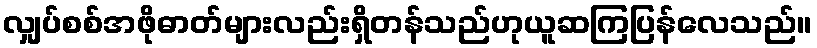
လျှပ်စစ်အဖိုဓာတ်များလည်းရှိတန်သည်ဟုယူဆကြပြန်လေသည်။